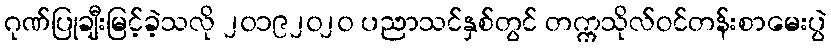
ဂုဏ်ပြုချီးမြင့်ခဲ့သလို ၂၀၁၉၂၀၂၀ ပညာသင်နှစ်တွင် တက္ကသိုလ်ဝင်တန်းစာမေးပွဲ